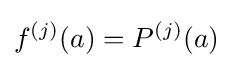
f^{(j)}(a)=P^{(j)}(a)